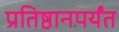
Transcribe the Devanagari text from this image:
प्रतिष्ठानपर्यंत